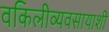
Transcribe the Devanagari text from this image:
वकिलीव्यवसायाशी